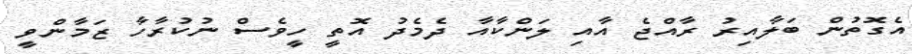
އެގޮތުން ބަލާއިރު ރާއްޖެ އާއި ލަންކާއާ ދެމެދު އޮތީ ހީވެސް ނުކުރާހާ ޒަމާންވީ